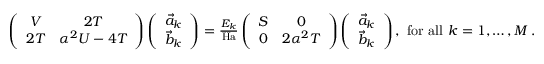
\begin{array} { r } { \left( \begin{array} { c c } { V } & { 2 T } \\ { 2 T } & { \alpha ^ { 2 } U - 4 T } \end{array} \right) \left( \begin{array} { c } { \vec { a } _ { k } } \\ { \vec { b } _ { k } } \end{array} \right) = \frac { E _ { k } } { \mathrm { H a } } \left( \begin{array} { c c } { S } & { 0 } \\ { 0 } & { 2 \alpha ^ { 2 } T } \end{array} \right) \left( \begin{array} { c } { \vec { a } _ { k } } \\ { \vec { b } _ { k } } \end{array} \right) , \mathrm { ~ f o r ~ a l l ~ } k = 1 , \dots , M \, . } \end{array}